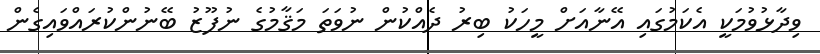
ވިދާޅުވުމަކީ އެކަމުގައި އޭނާއަށް މީހަކު ބިރު ދެއްކުން ނުވަތަ މަޤާމުގެ ނުފޫޒު ބޭނުންކުރައްވައިގެން